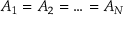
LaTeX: A _ { 1 } = A _ { 2 } = \ldots = A _ { N }